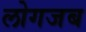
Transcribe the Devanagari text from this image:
लोगजब